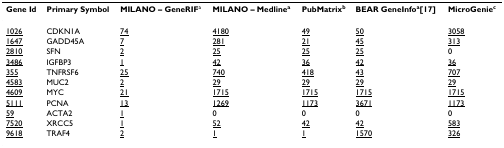
| Gene Id | Primary Symbol | MILANO – GeneRIFa | MILANO – Medlinea | PubMatrixb | BEAR GeneInfoa[17] | MicroGeniec |
 | --- | --- | --- | --- | --- | --- | --- |
 | <underline>1026</underline> | CDKN1A | <underline>74</underline> | <underline>4180</underline> | <underline>49</underline> | <underline>50</underline> | <underline>3058</underline> |
 | <underline>1647</underline> | GADD45A | <underline>7</underline> | <underline>281</underline> | <underline>21</underline> | <underline>45</underline> | <underline>313</underline> |
 | <underline>2810</underline> | SFN | <underline>2</underline> | <underline>25</underline> | <underline>25</underline> | <underline>25</underline> | 0 |
 | <underline>3486</underline> | IGFBP3 | <underline>1</underline> | <underline>42</underline> | <underline>36</underline> | <underline>42</underline> | <underline>36</underline> |
 | <underline>355</underline> | TNFRSF6 | <underline>25</underline> | <underline>740</underline> | <underline>418</underline> | <underline>43</underline> | <underline>707</underline> |
 | <underline>4583</underline> | MUC2 | <underline>2</underline> | <underline>29</underline> | <underline>29</underline> | <underline>29</underline> | <underline>29</underline> |
 | <underline>4609</underline> | MYC | <underline>21</underline> | <underline>1715</underline> | <underline>1715</underline> | <underline>1715</underline> | <underline>1715</underline> |
 | <underline>5111</underline> | PCNA | <underline>13</underline> | <underline>1269</underline> | <underline>1173</underline> | <underline>3671</underline> | <underline>1173</underline> |
 | <underline>59</underline> | ACTA2 | <underline>1</underline> | 0 | 0 | 0 | 0 |
 | <underline>7520</underline> | XRCC5 | <underline>1</underline> | <underline>52</underline> | <underline>42</underline> | <underline>42</underline> | <underline>583</underline> |
 | <underline>9618</underline> | TRAF4 | <underline>2</underline> | <underline>1</underline> | <underline>1</underline> | <underline>1570</underline> | <underline>326</underline> |